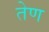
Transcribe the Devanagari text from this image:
तेण